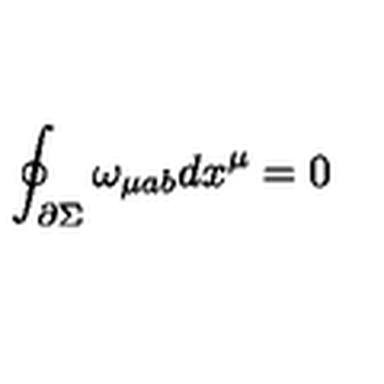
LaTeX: \oint _ { \partial \Sigma } \omega _ { \mu a b } d x ^ { \mu } = 0